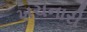
ખચનારી